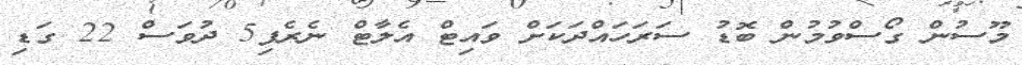
މޫސުން ގޯސްވުމުން ބޮޑު ސަރަހައްދަކަށް ވައިޓް އެލާޓް ނެރެފި5 ދުވަސް 22 ގަޑި